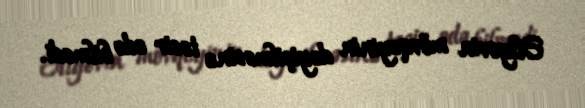
Əliyevin mövqeyinin dəyişilməsinə təsir edə bilmədi.